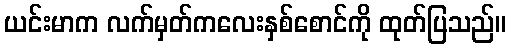
ယင်းမာက လက်မှတ်ကလေးနှစ်စောင်ကို ထုတ်ပြသည်။